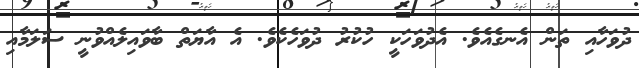
ދުވަހާއި ތަން އެނގެއެވެ. އެދުވަހަކީ ހުކުރު ދުވަހެކެވެ. އެ އާޔަތް ބާވައިލެއްވުނީ ސަލަމާއި